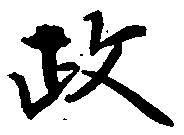
政